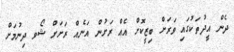
ދެން އީދުތަކުގައި ވަރަށް ބިޒީކޮށް އެއް ރަށުން އަނެއް ރަށަށް ޝޯވ ދިނުމަށް